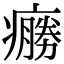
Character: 𤺩